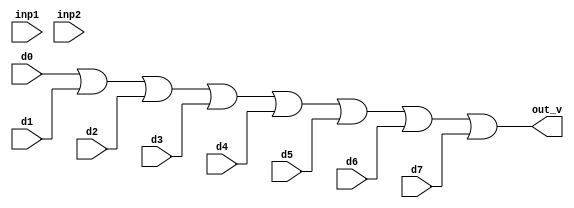
module DAC_8BIT (
`ifdef USE_POWER_PINS
    input wire vdd,	// User area 1 1.8V supply
    input wire gnd,	// User area 1 digital ground
`endif
    input wire d0,
    input wire d1,
    input wire d2,
    input wire d3,
    input wire d4,
    input wire d5,
    input wire d6,
    input wire d7,
    
    input wire inp1,
    input wire inp2, 

    output wire out_v
);

// Dummy behavirol model to verify the DAC connection with the user_project_wrapper
assign out_v = d0 | d1 | d2 | d3 | d4 | d5 | d6 | d7 ;

endmodule